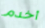
أخدم